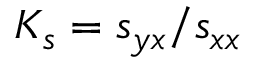
K _ { s } = s _ { y x } / s _ { x x }